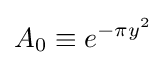
A_{0}\equiv e^{-\pi y^{2}}